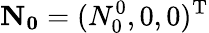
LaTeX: \mathbf{N_{0}}=(N_{0}^{0},0,0)^{\mathrm{T}}